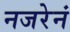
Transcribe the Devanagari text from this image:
नजरेनं